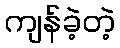
ကျန်ခဲ့တဲ့